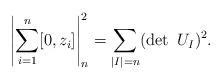
LaTeX: \begin{align*}\left|\sum_{i=1}^n[0,z_i]\right|_n^2=\sum_{|I|=n}(\det\ U_I)^2.\end{align*}